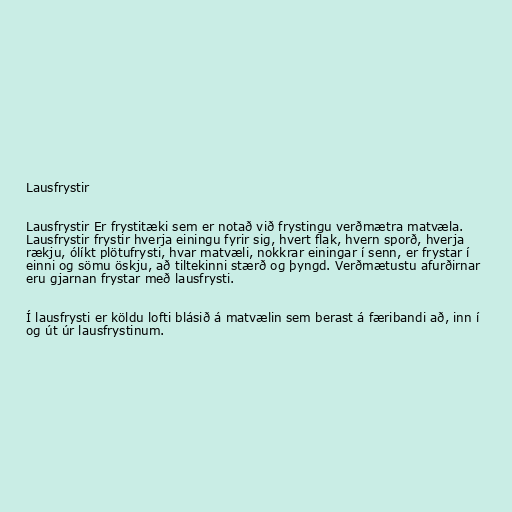
Lausfrystir

Lausfrystir Er frystitæki sem er notað við frystingu verðmætra matvæla.
Lausfrystir frystir hverja einingu fyrir sig, hvert flak, hvern sporð, hverja
rækju, ólíkt plötufrysti, hvar matvæli, nokkrar einingar í senn, er frystar í
einni og sömu öskju, að tiltekinni stærð og þyngd. Verðmætustu afurðirnar
eru gjarnan frystar með lausfrysti.

Í lausfrysti er köldu lofti blásið á matvælin sem berast á færibandi að, inn í
og út úr lausfrystinum.